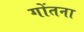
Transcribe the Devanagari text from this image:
गोंतना